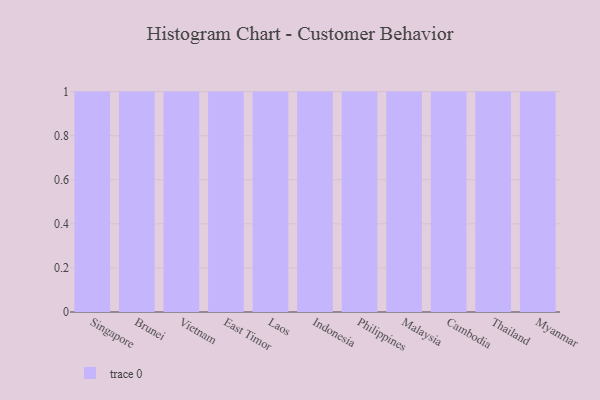
{"axis": {"x": "Country", "y": "Churn Rate (%)"}, "legend": [""], "data": [{"x": "Singapore", "y": 74, "type": ""}, {"x": "Brunei", "y": 88, "type": ""}, {"x": "Vietnam", "y": 70, "type": ""}, {"x": "East Timor", "y": 31, "type": ""}, {"x": "Laos", "y": 86, "type": ""}, {"x": "Indonesia", "y": 12, "type": ""}, {"x": "Philippines", "y": 27, "type": ""}, {"x": "Malaysia", "y": 69, "type": ""}, {"x": "Cambodia", "y": 79, "type": ""}, {"x": "Thailand", "y": 26, "type": ""}, {"x": "Myanmar", "y": 78, "type": ""}]}